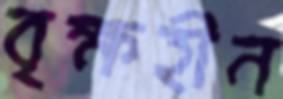
বৃক্ষহীন